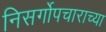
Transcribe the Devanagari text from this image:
निसर्गोपचाराच्या